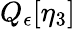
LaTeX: Q_{\epsilon}[\eta_{3}]